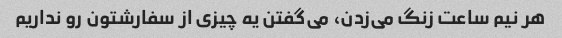
هر نیم ساعت زنگ می‌زدن، می‌گفتن یه چیزی از سفارشتون رو نداریم